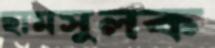
ছামসুলক